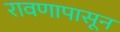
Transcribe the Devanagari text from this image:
रावणापासून